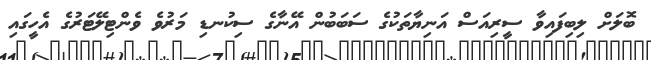
ބޮލަށް ލިބިފައިވާ ސީރިއަސް އަނިޔާތަކުގެ ސަބަބުން އޭނާގެ ސިކުނޑި މަރުވެ ވެންޓިލޭޓަރުގެ އެހީގައި